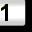
Digit: 1